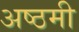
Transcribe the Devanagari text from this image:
अष्ठमी